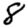
Digit: 8